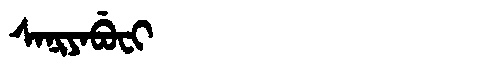
Manchu: ᠰᠠᠨᡳᠶᠠᠪᡠᠸᡳ
Romanization: SANIYABUFI